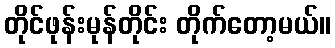
တိုင်ဖုန်းမုန်တိုင်း တိုက်တော့မယ်။